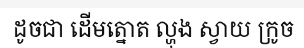
ដូចជា ដើមត្នោត ល្ហុង ស្វាយ ក្រូច